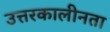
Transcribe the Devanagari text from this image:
उत्तरकालीनता